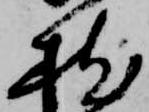
枕